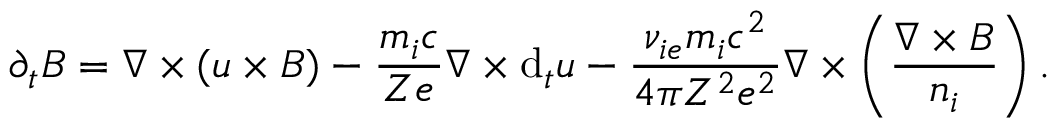
\partial _ { t } \boldsymbol { B } = \nabla \times ( \boldsymbol { u } \times \boldsymbol { B } ) - \frac { m _ { i } c } { Z e } \nabla \times \mathrm { d } _ { t } \boldsymbol { u } - \frac { \nu _ { i e } m _ { i } c ^ { 2 } } { 4 \pi Z ^ { 2 } e ^ { 2 } } \nabla \times \left( \frac { \nabla \times \boldsymbol { B } } { n _ { i } } \right) .